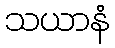
သယာနံ